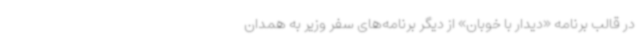
در قالب برنامه «دیدار با خوبان» از دیگر برنامه‌های سفر وزیر به همدان